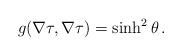
LaTeX: \begin{align*}g(\nabla \tau, \nabla \tau) = \sinh^2 \theta \, .\end{align*}